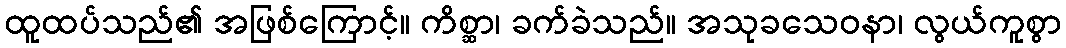
ထူထပ်သည်၏ အဖြစ်ကြောင့်။ ကိစ္ဆာ၊ ခက်ခဲသည်။ အသုခသေဝနာ၊ လွယ်ကူစွာ